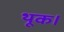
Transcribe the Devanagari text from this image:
थूक।